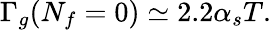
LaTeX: \Gamma_{g}(N_{f}=0)\simeq 2.2\alpha_{s}T.